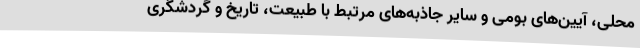
محلی، آیین‌های بومی و سایر جاذبه‌های مرتبط با طبیعت، تاریخ و گردشگری